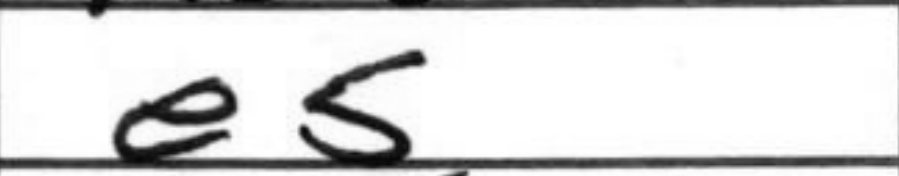
Transcription: e5